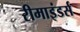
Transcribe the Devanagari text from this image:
रीमाइंडर्स